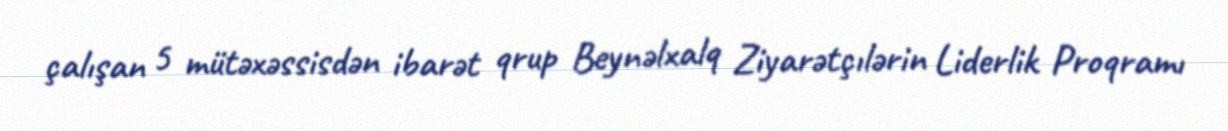
çalışan 5 mütəxəssisdən ibarət qrup Beynəlxalq Ziyarətçılərin Liderlik Proqramı